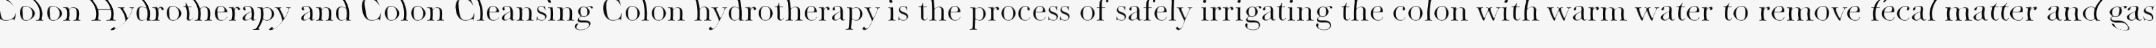
Colon Hydrotherapy and Colon Cleansing Colon hydrotherapy is the process of safely irrigating the colon with warm water to remove fecal matter and gas.